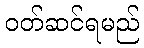
ဝတ်ဆင်ရမည်